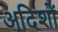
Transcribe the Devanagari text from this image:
अदिशों